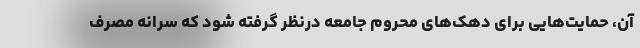
آن، حمایت‌هایی برای دهک‌های محروم جامعه درنظر گرفته شود که سرانه مصرف